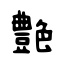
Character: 艶